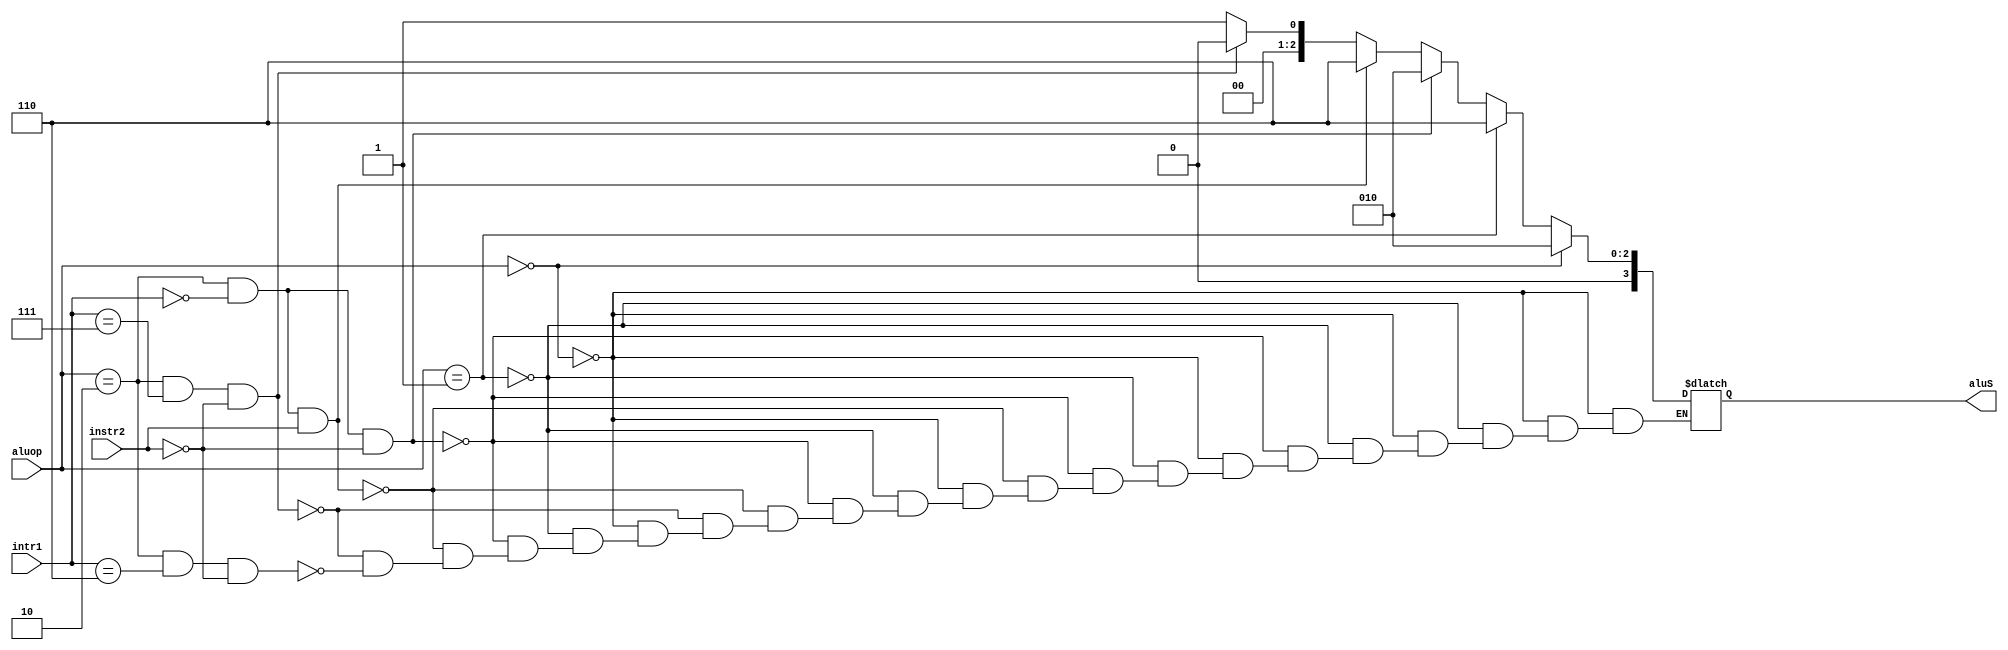
`timescale 1ns / 1ps


module ALU_Control(input [1:0]aluop, input [14:12]intr1,input  instr2 ,output reg[3:0]aluS);
always @(*)
begin
if(aluop==2'b00)
aluS=4'b0010;
else if(aluop==2'b01 )
aluS=4'b0110;
else if (aluop==2'b10 && intr1==3'b000 && instr2==1'b0)
aluS=4'b0010;
else if (aluop==2'b10&&intr1==3'b000&&instr2==1)
aluS=4'b0110;
else if (aluop==2'b10&&intr1==3'b111&&instr2==0)
aluS=4'b0000;
else if (aluop==2'b10&&intr1==3'b110&&instr2==0)
aluS=4'b0001;

end
endmodule